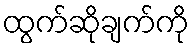
ထွက်ဆိုချက်ကို